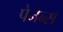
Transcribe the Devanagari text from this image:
पेनेन्स